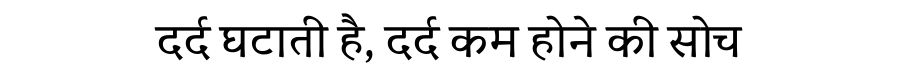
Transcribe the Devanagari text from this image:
दर्द घटाती है, दर्द कम होने की सोच